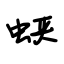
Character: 蛱